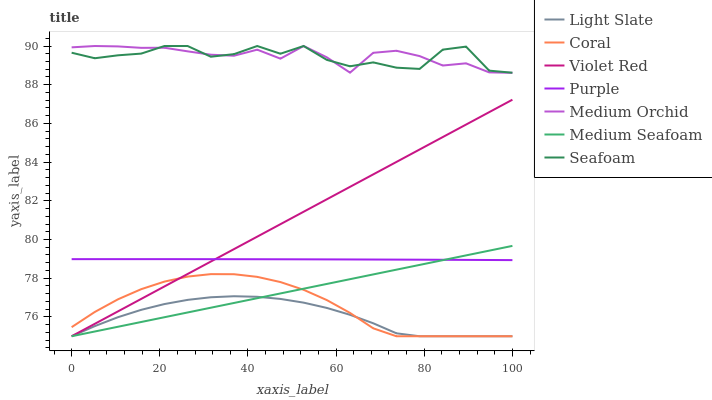
| xaxis_label | Light Slate | Coral | Violet Red | Purple | Medium Orchid | Medium Seafoam | Seafoam |
 | --- | --- | --- | --- | --- | --- | --- | --- |
 | 0 | 75 | 75.5 | 75 | 79 | 89.9 | 75 | 89.7 |
 | 5.26 | 75.5 | 76.3 | 75.6 | 79 | 90 | 75.2 | 89.4 |
 | 10.5 | 76 | 76.9 | 76.3 | 79 | 90 | 75.5 | 89.5 |
 | 15.8 | 76.4 | 77.4 | 76.9 | 79 | 89.9 | 75.7 | 89.6 |
 | 21.1 | 76.7 | 77.8 | 77.6 | 79 | 89.9 | 76 | 90 |
 | 26.3 | 76.9 | 78.1 | 78.2 | 79 | 89.7 | 76.2 | 90 |
 | 31.6 | 77 | 78.2 | 78.9 | 79 | 89.5 | 76.5 | 89.4 |
 | 36.8 | 77.1 | 78.2 | 79.5 | 79 | 89.5 | 76.7 | 89.6 |
 | 42.1 | 77 | 78.1 | 80.1 | 79 | 89.8 | 77 | 90 |
 | 47.4 | 76.9 | 77.8 | 80.8 | 79 | 89.3 | 77.2 | 89.6 |
 | 52.6 | 76.7 | 77.4 | 81.4 | 79 | 90 | 77.5 | 90 |
 | 57.9 | 76.5 | 76.9 | 82.1 | 79 | 89.4 | 77.7 | 89.3 |
 | 63.2 | 76.1 | 76.2 | 82.7 | 79 | 88.6 | 77.9 | 89 |
 | 68.4 | 75.7 | 75.4 | 83.4 | 79 | 89.6 | 78.2 | 89.2 |
 | 73.7 | 75.2 | 75 | 84 | 79 | 89.8 | 78.4 | 88.9 |
 | 78.9 | 75 | 75 | 84.7 | 79 | 89.5 | 78.7 | 88.8 |
 | 84.2 | 75 | 75 | 85.3 | 79 | 89 | 78.9 | 89.8 |
 | 89.5 | 75 | 75 | 85.9 | 78.9 | 89.1 | 79.2 | 90 |
 | 94.7 | 75 | 75 | 86.6 | 78.9 | 88.6 | 79.4 | 88.7 |
 | 100 | 75 | 75 | 87.2 | 78.9 | 88.6 | 79.7 | 88.6 |